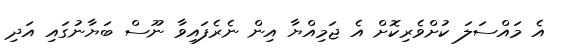
އެ މައްސަލަ ކުށްވެރިކޮށް އެ ޖަމިއްޔާ އިން ނެރެފައިވާ ނޫސް ބަޔާނުގައި އަދި